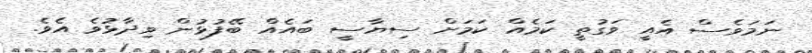
ނަމަވެސް އެއީ ވަގުތީ ކަމެއް ކަމަށް ސިޔާސީ ބައެއް ބޭފުޅުން ވިދާޅުވެ އެވެ.